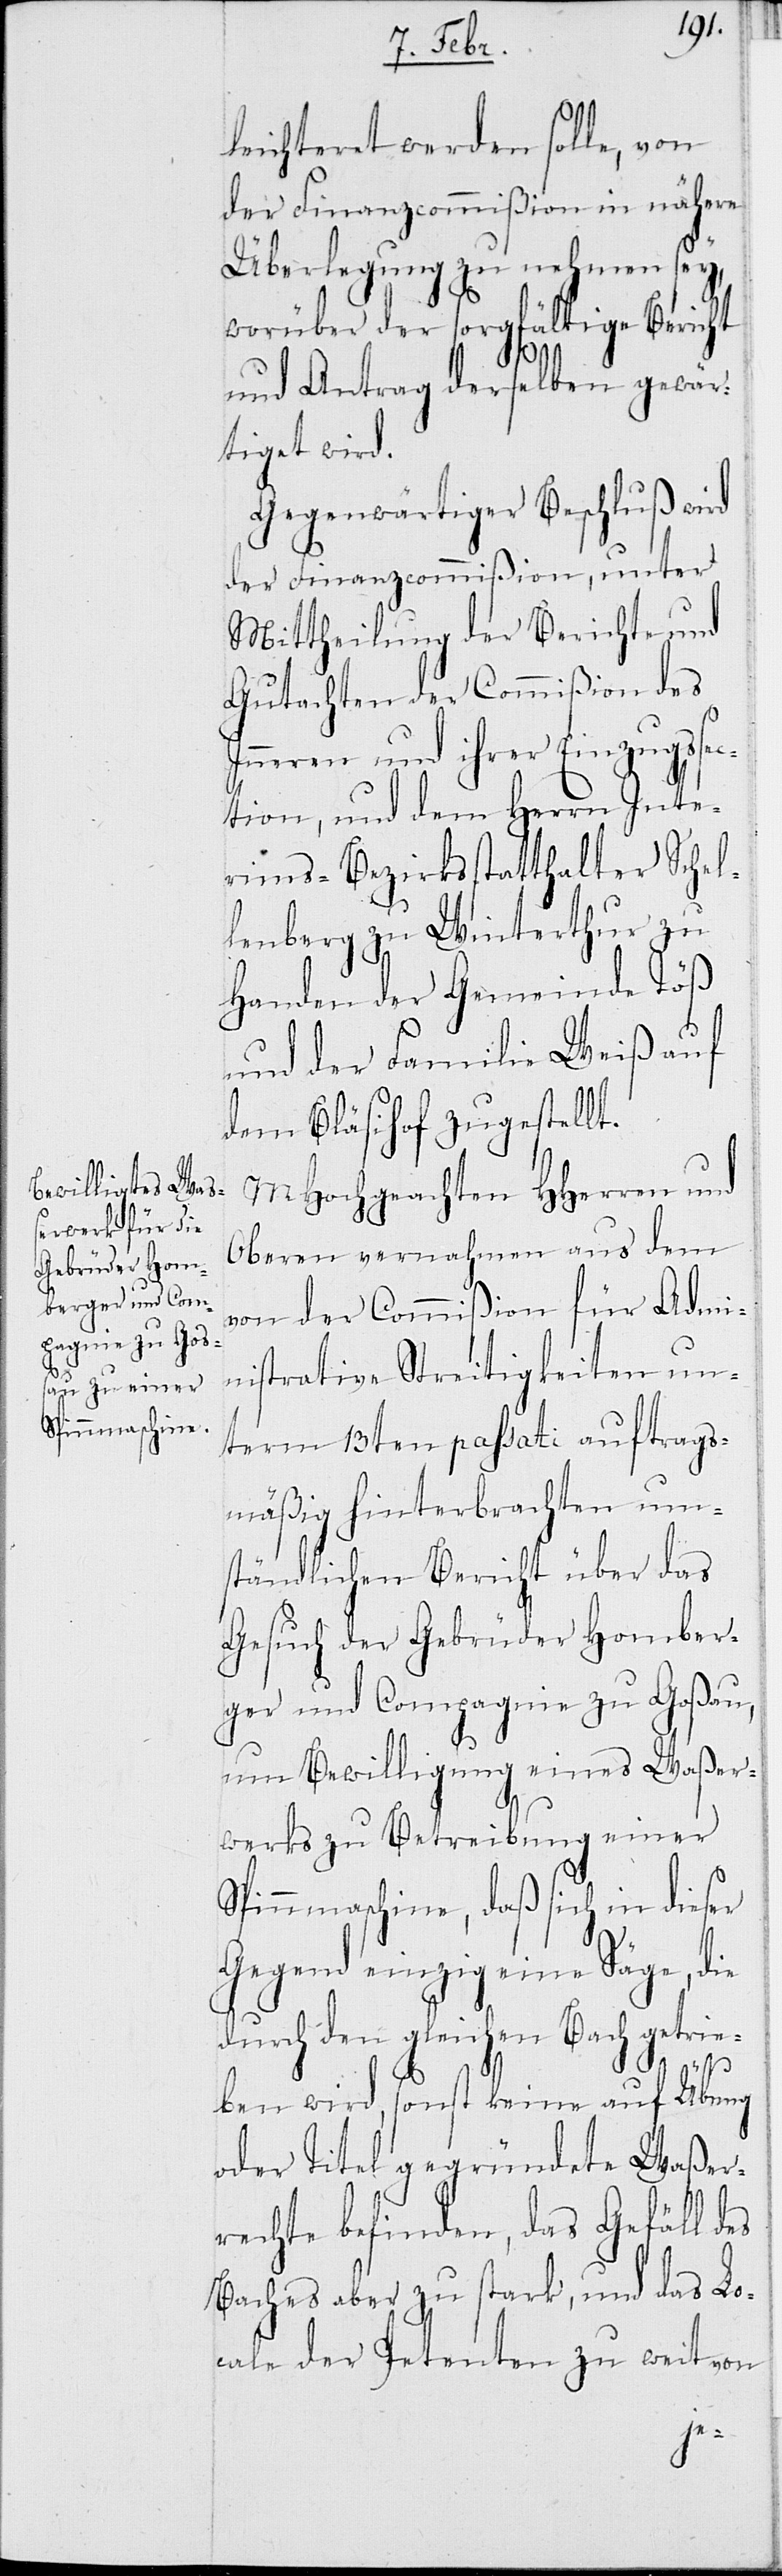
leichteret werden solle, von
der Finanzcommißion in nähere
Überlegung zu nehmen sey,
worüber der sorgfältige Bericht
und Antrag derselben gewär¬
tiget wird.
Gegenwärtiger Beschluß wird
der Finanzcommißion, unter
Mitheilung der Berichte und
Gutachten der Commißion des
Inneren und ihrer Einzugsse¬
ction, und dem Herrn Inte¬
rims-Bezirksstatthalter Schel¬
lenberg zu Winterthur zu
Handen der Gemeinde Töß
und der Familie Weiß auf
dem Bläsihof zugestellt.
MHochgeachten HHerren und
Oberen vernahmen aus dem
von der Commißion für Admi¬
nistrative Streitigkeiten un¬
term 13ten passati auftrags¬
mäßig hinterbrachten um¬
ständlichen Bericht über das
Gesuch der Gebrüder Homber¬
ger und Compagnie zu Goßau,
um Bewilligung eines Waßer¬
werks zu Betreibung einer
Spinnmaschine, daß sich in dieser
Gegend einzig eine Säge, die
durch den gleichen Bach getrie¬
ben wird, sonst keine auf Übung
oder Titel gegründete Waßer¬
rechte befinden, das Gefäll des
Baches aber zu stark, und das Lo¬
cale der Petenten zu weit von